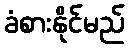
ခံစားနိုင်မည်